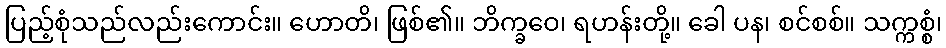
ပြည့်စုံသည်လည်းကောင်း။ ဟောတိ၊ ဖြစ်၏။ ဘိက္ခဝေ၊ ရဟန်းတို့။ ခေါ ပန၊ စင်စစ်။ သက္ကစ္စံ၊